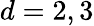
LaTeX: d=2,3